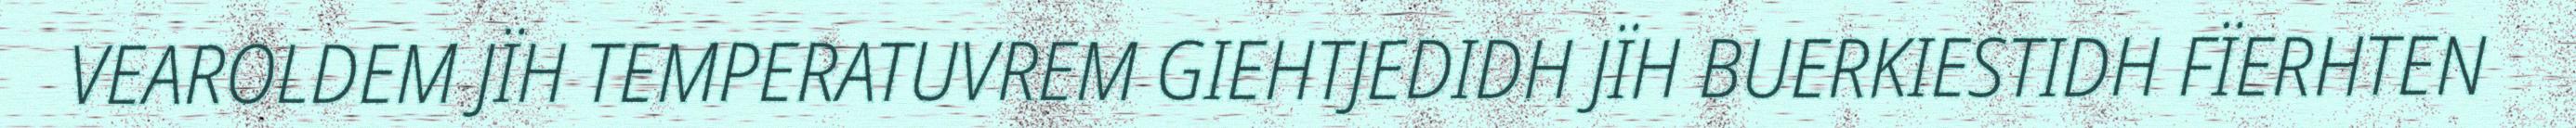
VEAROLDEM JÏH TEMPERATUVREM GIEHTJEDIDH JÏH BUERKIESTIDH FÏERHTEN